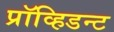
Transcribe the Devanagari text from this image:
प्रॉव्हिडन्ट